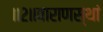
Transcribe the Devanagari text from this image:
॥२॥वाराणस्थां